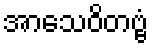
အာသေဝိတဗ္ဗံ